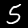
Label: 5